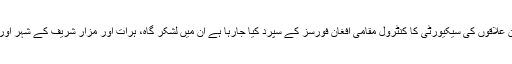
اطلاعات کے مطابق پہلے مرحلے میں جن علاقوں کی سیکیورٹی کا کنٹرول مقامی افغان فورسز کے سپرد کیا جارہا ہے ان میں لشکر گاہ، ہرات اور مزارِ شریف کے شہر اور بامیان اور پنجشیر کے صوبے شامل ہیں۔